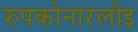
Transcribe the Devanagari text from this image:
रुपकोनारलोइ